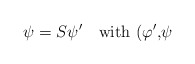
\begin{align*}\psi =S\psi ^{\prime \quad }\hbox{with (}\varphi ^{\prime }\hbox{,}\psi\end{align*}